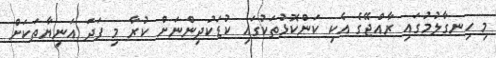
މި ހިނގާލުމުގައި ރާއްޖޭގެ އެކި ކަންކޮޅުތަކުގައި ކުޑަކުދިންނަށް ކުރާ މި ފަދަ އަނިޔާތަކަށް